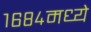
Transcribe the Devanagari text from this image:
१६८४मध्ये